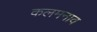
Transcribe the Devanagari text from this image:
कलमनाव